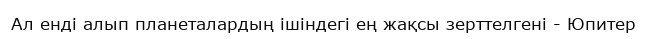
Ал енді алып планеталардың ішіндегі ең жақсы зерттелгені - Юпитер